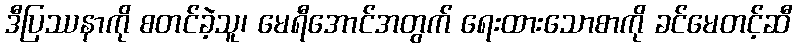
ဒီပြဿနာကို စတင်ခဲ့သူ၊ မေရီအောင်အတွက် ရေးထားသောစာကို ခင်မေတင့်ဆီ